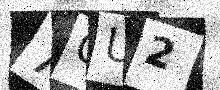
Text: 7CU2